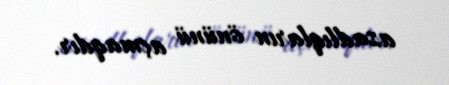
azadlıqların önünü açmaqdır.